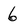
Character: 6